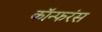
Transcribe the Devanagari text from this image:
कॉन्फरंस